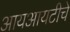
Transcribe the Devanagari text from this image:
आयआयटीचे